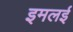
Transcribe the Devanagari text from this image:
इमलई